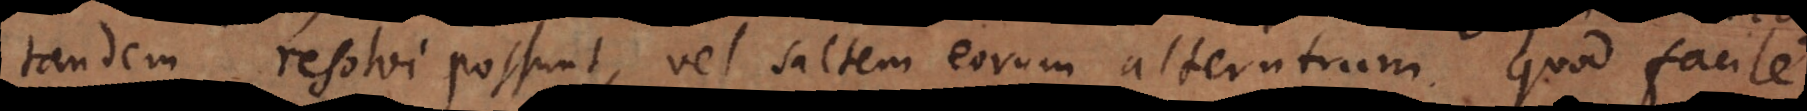
tandem resolvi possunt, vel saltem eorum alterutrum. Quod facile